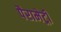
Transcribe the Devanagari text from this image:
पैरामेट्री